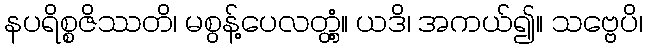
နပရိစ္စဇိဿတိ၊ မစွန့်ပေလတ္တံ့။ ယဒိ၊ အကယ်၍။ သဗ္ဗေပိ၊